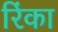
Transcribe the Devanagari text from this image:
रिंका